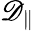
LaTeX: \mathscr{D}_{\parallel}